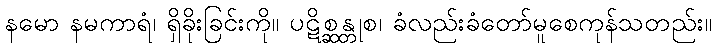
နမော နမကာရံ၊ ရှိခိုးခြင်းကို။ ပဋိစ္ဆန္တုစ၊ ခံလည်းခံတော်မူစေကုန်သတည်း။